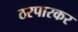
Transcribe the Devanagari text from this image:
ठरपारकर